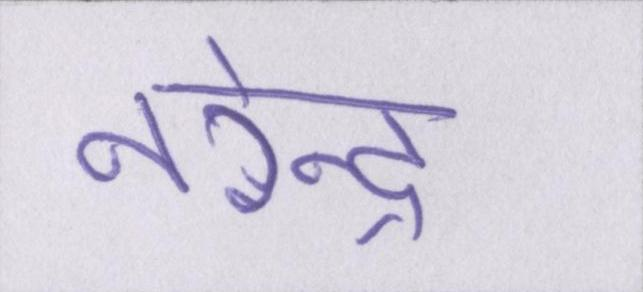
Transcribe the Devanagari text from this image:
नरेन्द्र